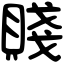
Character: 賤